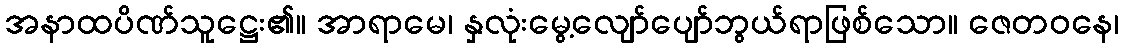
အနာထပိဏ်သူဋ္ဌေး၏။ အာရာမေ၊ နှလုံးမွေ့လျော်ပျော်ဘွယ်ရာဖြစ်သော။ ဇေတဝနေ၊